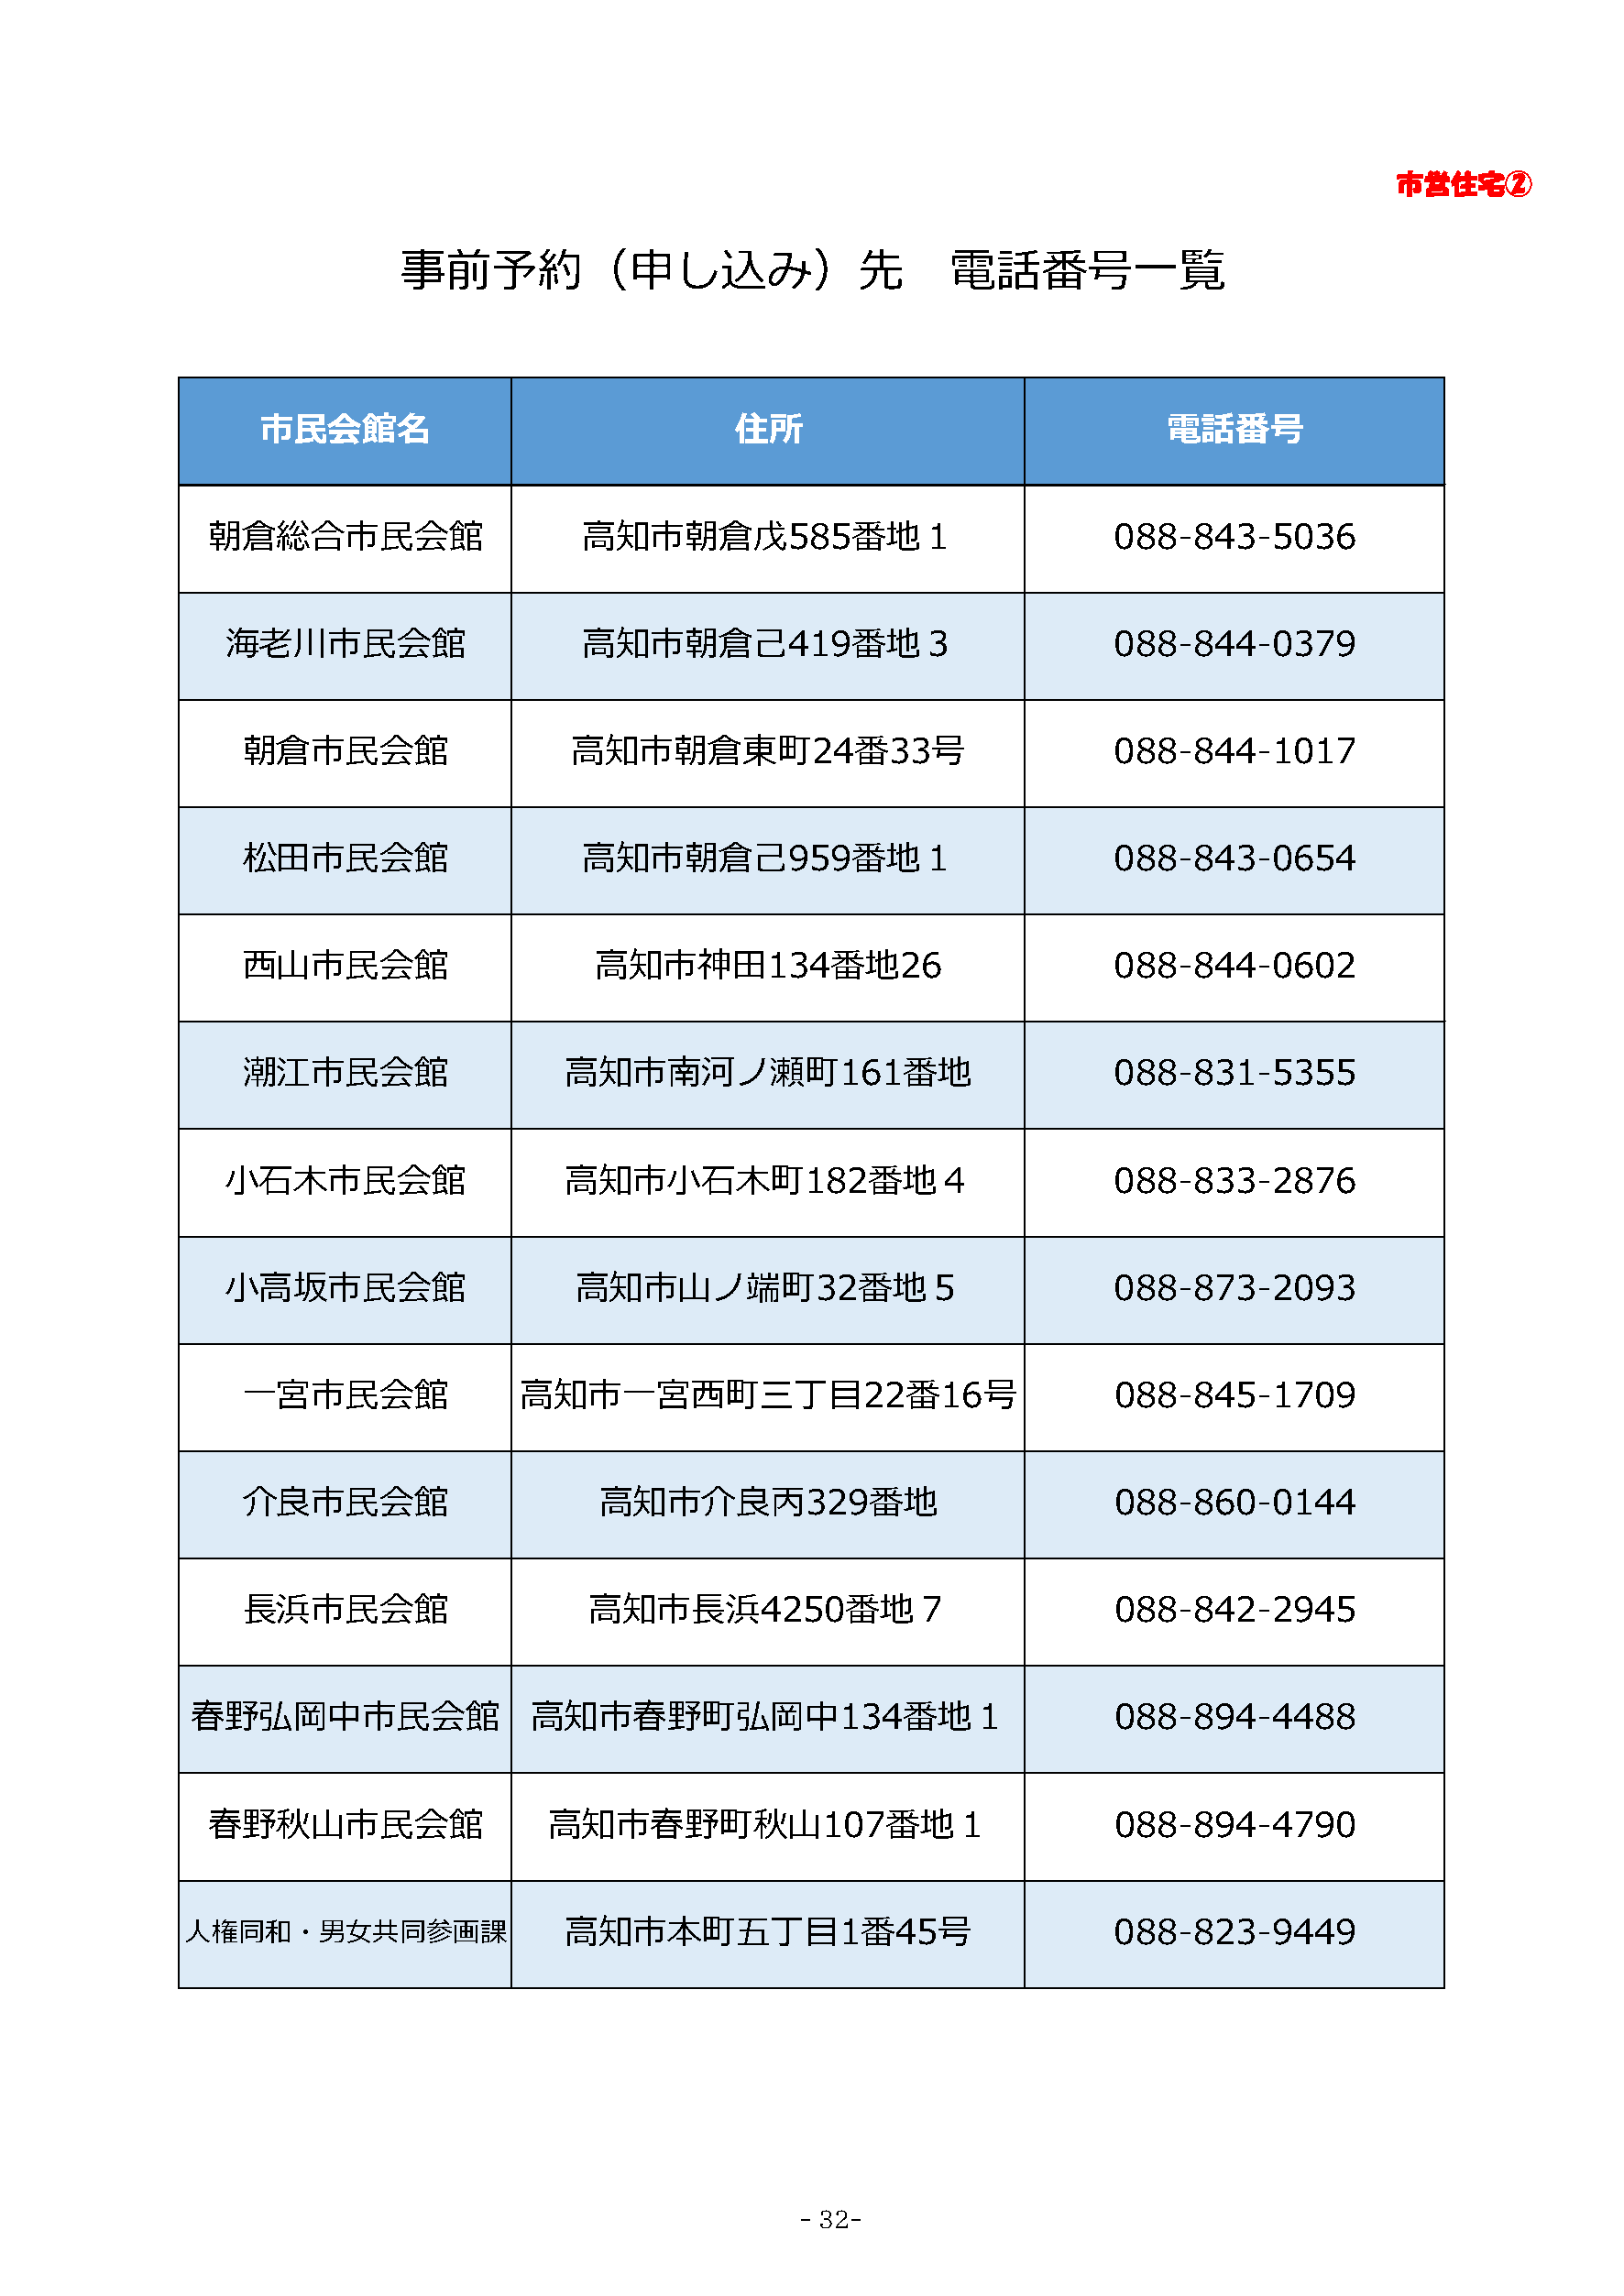
市営住宅②
 事前予約（申し込み）先                             電話番号一覧
 市民会館名                             住所                              電話番号
 朝倉総合市民会館                   高知市朝倉戊585番地１                           088-843-5036
 海老川市民会館                  高知市朝倉己419番地３                           088-844-0379
 朝倉市民会館                  高知市朝倉東町24番33号                          088-844-1017
 松田市民会館                  高知市朝倉己959番地１                           088-843-0654
 西山市民会館                   高知市神田134番地26                          088-844-0602
 潮江市民会館                 高知市南河ノ瀬町161番地                           088-831-5355
 小石木市民会館                 高知市小石木町182番地４                           088-833-2876
 小高坂市民会館                  高知市山ノ端町32番地５                           088-873-2093
 一宮市民会館              高知市一宮西町三丁目22番16号                           088-845-1709
 介良市民会館                    高知市介良丙329番地                          088-860-0144
 長浜市民会館                   高知市長浜4250番地７                          088-842-2945
 春野弘岡中市民会館                高知市春野町弘岡中134番地１                           088-894-4488
 春野秋山市民会館                 高知市春野町秋山107番地１                           088-894-4790
 人権同和・男女共同参画課               高知市本町五丁目1番45号                           088-823-9449
 - 32-